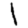
Digit: 1